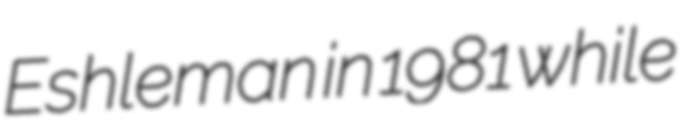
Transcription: Eshleman in 1981 while